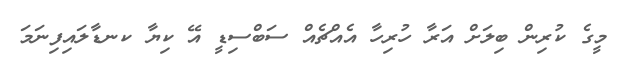
މީގެ ކުރިން ބިލަށް އަރާ ހުރިހާ އެއްޗެއް ސަބްސިޑީ އޭ ކިޔާ ކނޑާލައިފިނަމަ